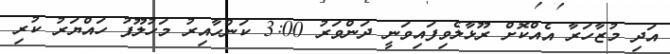
އަދި މުޒާހަރާ އެއްކޮށް ރޫޅާލެވިފައިވަނީ ދަންވަރު 3:00 ކަންހާއިރު މަހުލޫފު ހައްޔަރު ކުރި